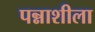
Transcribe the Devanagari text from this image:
पन्नाशीला